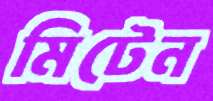
মিটেন